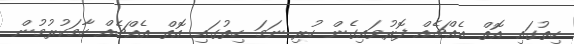
ހިތުގައި އޮތް އެއްޗެއް ފޮރުވައިގެން ހުރި ނަމަ ހިތުގައި އޮތް އެއްޗެއް ހާމަކުރުމުން